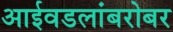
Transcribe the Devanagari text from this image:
आईवडलांबरोबर